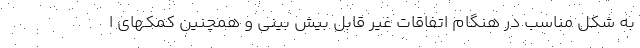
به شکل مناسب در هنگام اتفاقات غیر قابل بیش بینی و همچنین کمکهای ا